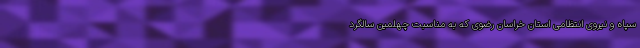
سپاه و نیروی انتظامی استان خراسان رضوی که به مناسبت چهلمین سالگرد